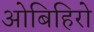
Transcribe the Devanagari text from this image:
ओबिहिरो